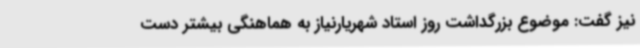
نیز گفت: موضوع بزرگداشت روز استاد شهریارنیاز به هماهنگی بیشتر دست